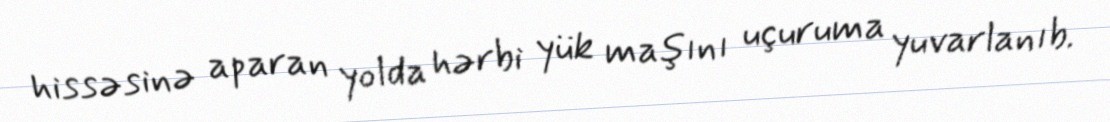
hissəsinə aparan yolda hərbi yük maşını uçuruma yuvarlanıb.